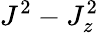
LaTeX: J^{2}-J_{z}^{2}